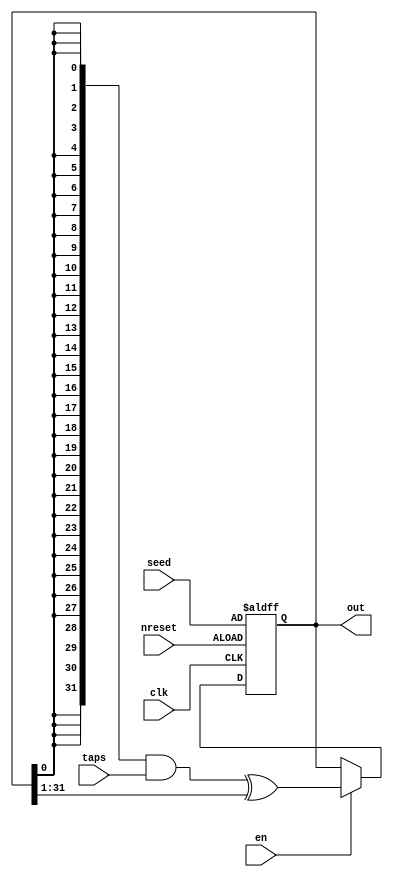
// This program was cloned from: https://github.com/aolofsson/oh
// License: MIT License

/******************************************************************************
 * Function: Linear Feedback Shift Register (Galois)
 * License:  MIT (see LICENSE file in OH! repository)
 *
 * Documentation:
 *
 * - A generic Galois LFSR with taps and seeds feed in externally to enable
 *   dynamically programming the taps and seed. Shift is from MSB to LSB,
 *   feedback bit is from LSB.
 *
 * - The state is updated when 'en' is high.
 *
 * - Any non-zero seed value is legal.
 *
 * - An LSFR of size N can create pseudo random cycles of shorter polynomials
 *   by zero padding the taps value up to the MSB.
 *
 * - Driving taps externally is only practical with GALOIS configuration,
 *   since the massive xor tree would be prohibitive with FIBONACCI.

 * - Example terms from: https://users.ece.cmu.edu/~koopman/lfsr/index.html
 *
 *   N   POLYNOMIAL
 *   -------------------
 *   4   9
 *   5   12
 *   6   21
 *   7   41
 *   8   8E
 *   9   108
 *   10  204
 *   11  402
 *   12  829
 *   13  100D
 *   14  2015
 *   15  4001
 *   16  8016
 *   17  10004
 *   18  20013
 *   19  40013
 *   20  80004
 *   21  100002
 *   22  200001
 *   23  400010
 *   24  80000D
 *   25  1000004
 *   26  2000023
 *   27  4000013
 *   28  8000004
 *   29  10000002
 *   30  20000029
 *   31  40000004
 *   32  80000057
 *   58  200000000000031
 *   64  800000000000000D
 *
 ****************************************************************************/

module oh_lfsr
  #(parameter N    =  32,      // length of LFSR
    parameter TYPE = "GALOIS"  // lfsr type (only galois supported ...)
    )
   (
    input 	       clk,
    input 	       nreset, //async reset
    input 	       en, // enables (advances) lfsr
    input [N-1:0]      taps, // taps
    input [N-1:0]      seed, // seed
    output reg [N-1:0] out  // output value/state vector
    );

   generate
      if (TYPE == "GALOIS") begin
	 always @ (posedge clk or negedge nreset)
	   if(~nreset)
	     out[N-1:0] <= seed[N-1:0];
	   else if(en)
	     out[N-1:0] <= ({(N){out[0]}} & taps[N-1:0]) ^
	                   (out[N-1:0] >> 1);
      end
      else if (TYPE == "FIBONACCI") begin
	 initial
	   $display("UNSUPPORTED");
      end
   endgenerate

endmodule // oh_lfsr